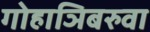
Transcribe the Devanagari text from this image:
गोहाञिबरुवा